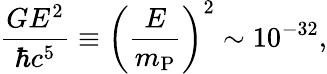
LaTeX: \frac{GE^{2}}{\hbar c^{5}}\equiv\left(\frac{E}{m_{\mathrm{P}}}\right)^{2}\sim 10^{-32},